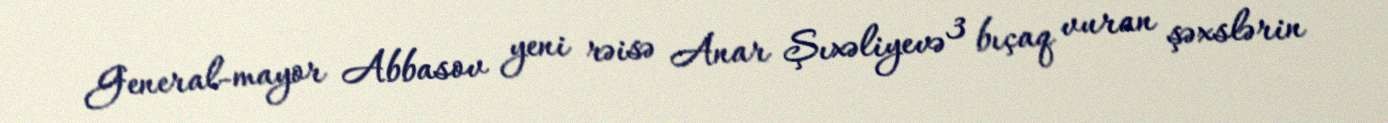
General-mayor Abbasov yeni rəisə Anar Şıxəliyevə 3 bıçaq vuran şəxslərin